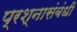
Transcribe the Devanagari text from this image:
प्रश्नासंबंधी